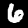
Digit: 6